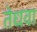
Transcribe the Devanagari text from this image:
तेधवा